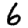
Digit: 6